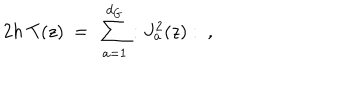
LaTeX: 2 h \ T ( z ) \ = \ \sum _ { a = 1 } ^ { d _ { G } } : J _ { a } ^ { 2 } ( z ) : \ ,